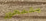
يتمحور